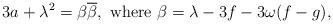
LaTeX: \begin{gather*}3a+\lambda^2 = \beta\overline{\beta}, \textrm{ where } \beta = \lambda - 3f - 3\omega (f-g),\end{gather*}